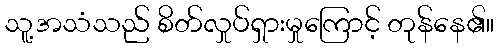
သူ့အသံသည် စိတ်လှုပ်ရှားမှုကြောင့် တုန်နေ၏။